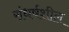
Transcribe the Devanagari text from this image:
संधर्षशील